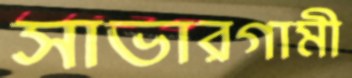
সাভারগামী